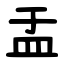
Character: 盂